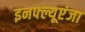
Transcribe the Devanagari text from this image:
इनफ्ल्यूएंजा